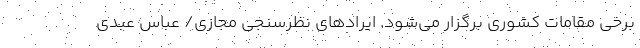
برخی مقامات کشوری برگزار می‌شود. ایرادهای نظرسنجی‌ مجازی/ عباس عبدی